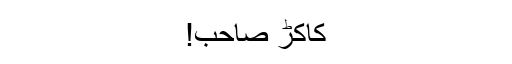
کاکڑ صاحب!